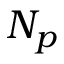
N _ { p }